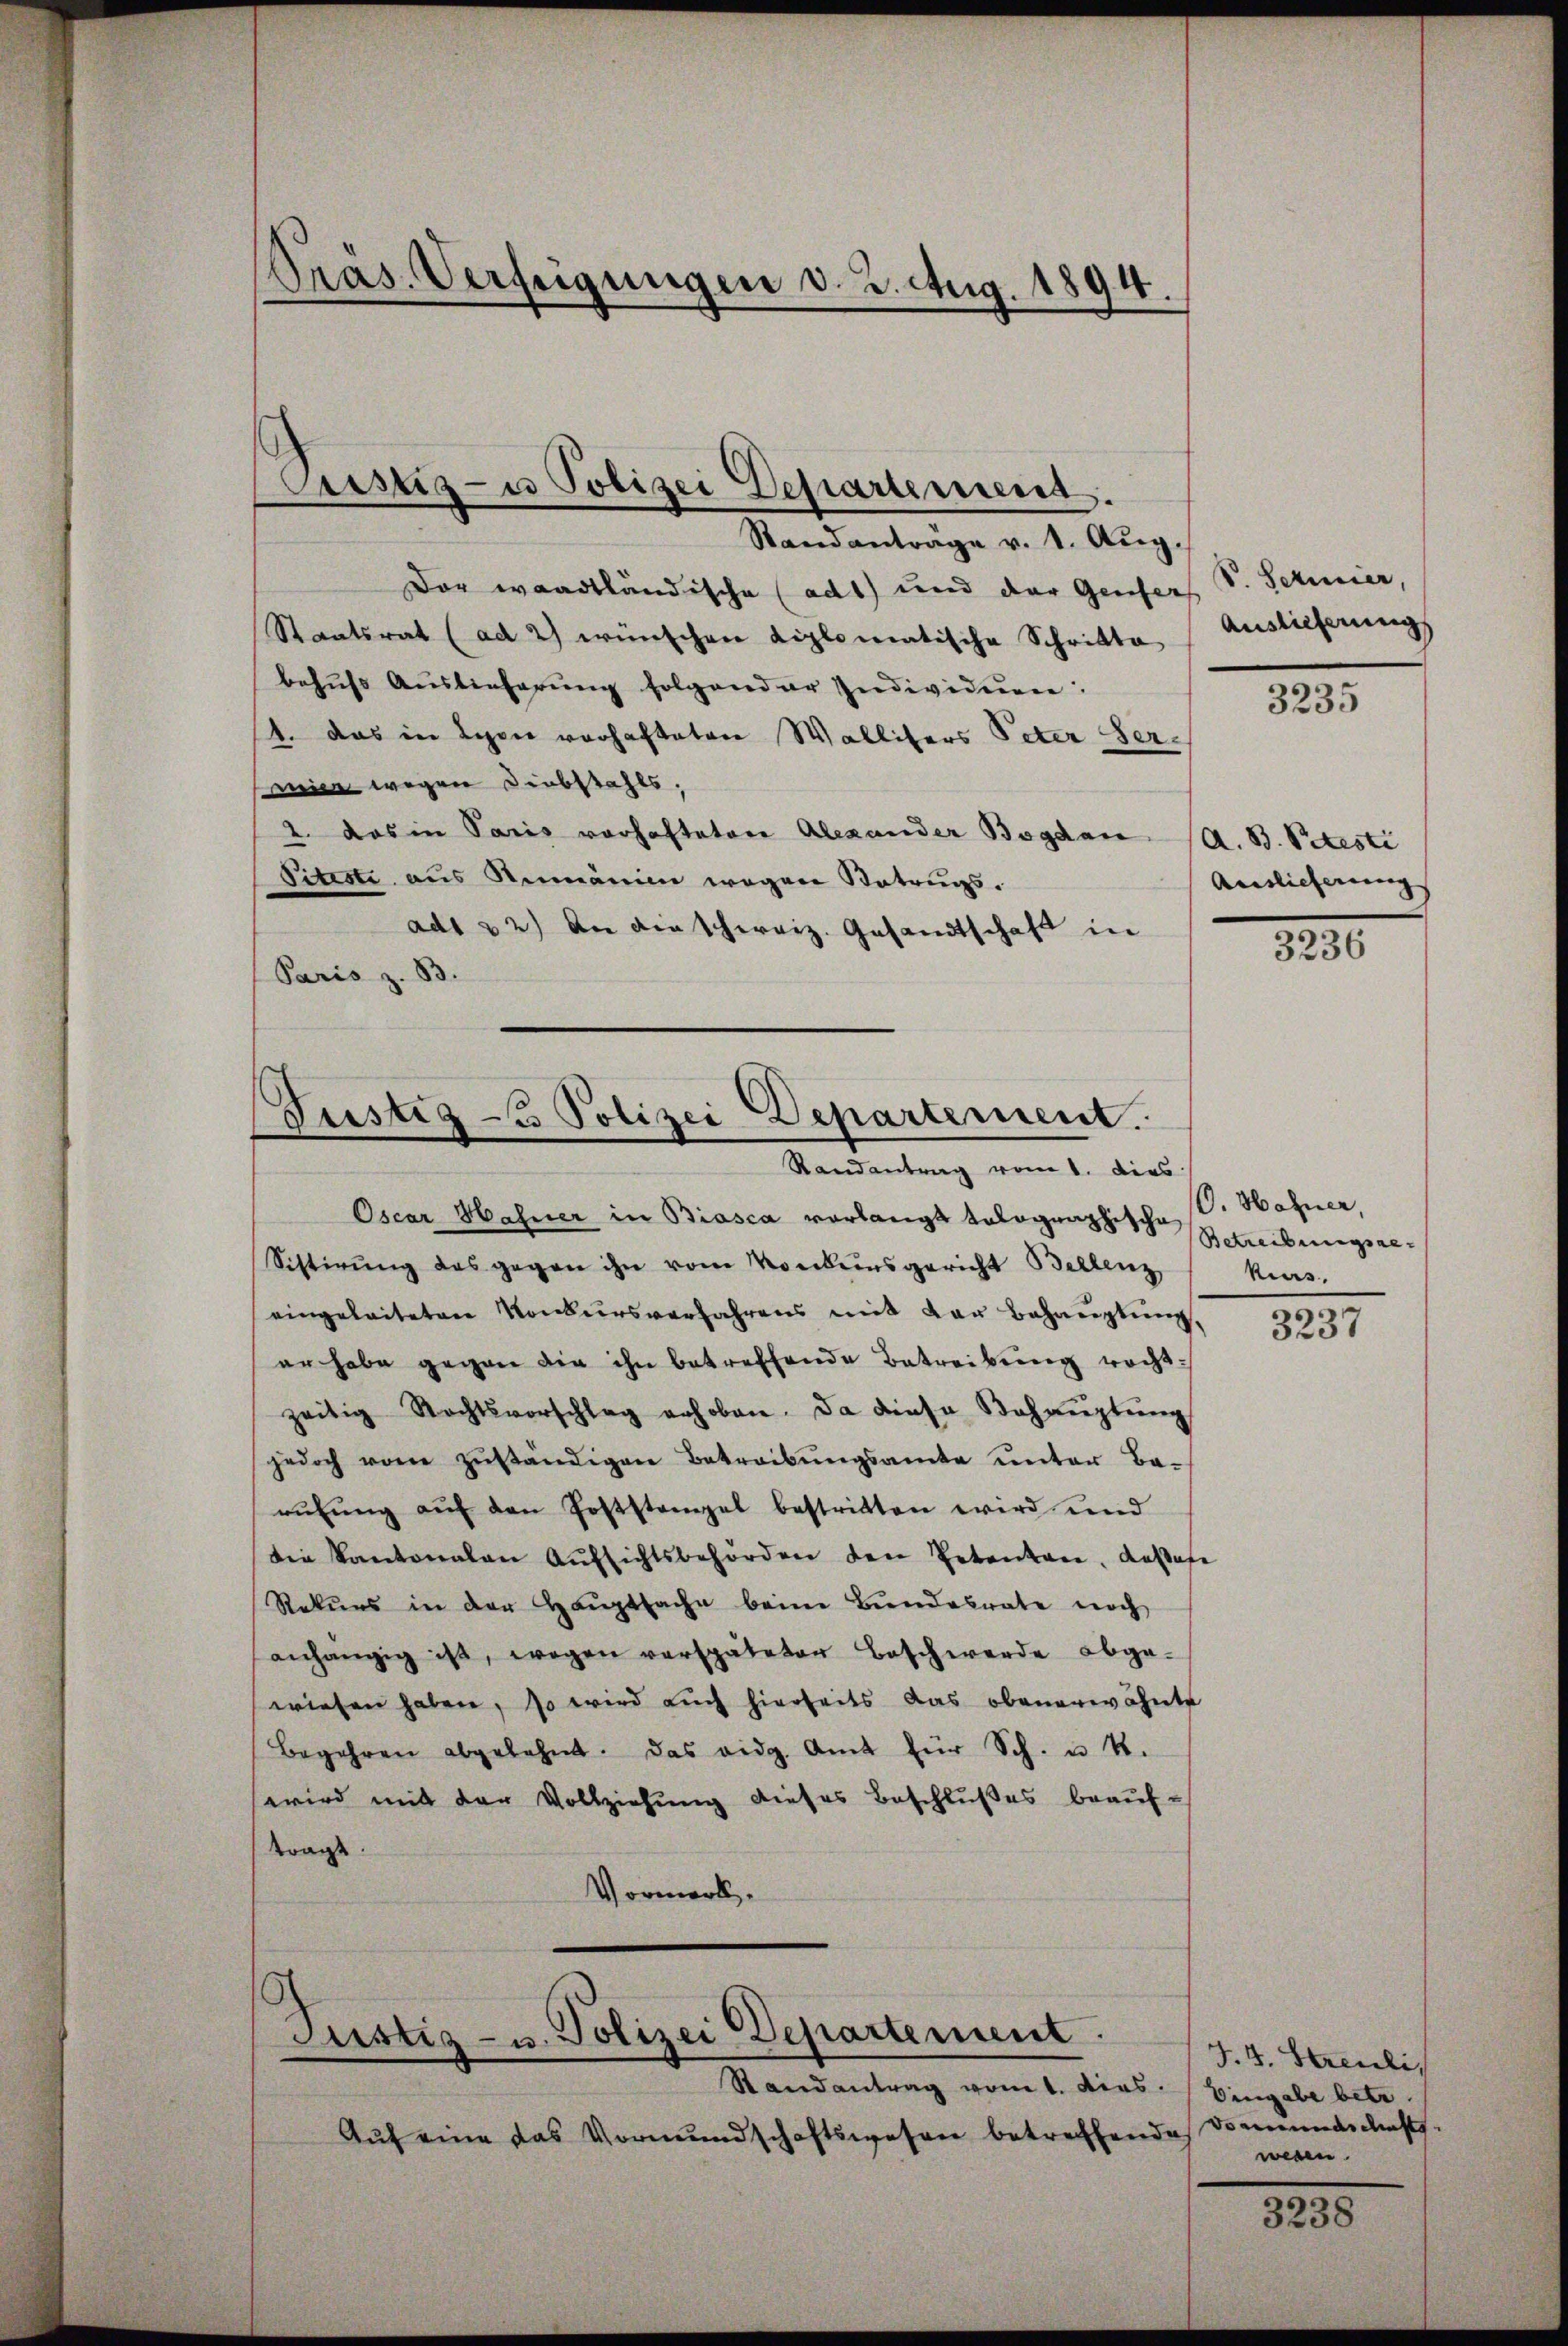
Pras. Verfügungen d. 2. Aug. 1894.

Justiz- u Polizei Departement.

Stand anträge v. 1. Aŭg.
Der waadtländische (ad1) und der Genfers S. Schier,
Staatsrat (ad 2) wünschen diplomatische Schritte Auslieferungs
behufs Auslieferung folgender Individuen
4. Das in Lyon vorhafteten Wallifers Peter Sereine wegen Diebstahls.
2. Das in Paris vorhafteten Alexander Bogdan (A. B. Petesti
Siteste aus Rumänien wegen Betrugs¬
Auslieferung
ad1 32) An die schweiz. Gesandtschaft in
3236
Paris z. B.

Justiz - Polizei Departement.

Randantrag vom 1. dies. Eingabe betr.
Auf eine das Vormundschaftswesen betreffende Dramendenst

Randantrag vom 1. dies
Oscar Hahner in Biasca vorlangt kolographische
Sistirŭng des gegen ihn vom Vorbensgericht Bellenz
eingeleiteten Konkursverfahrens mit der Behauptung,
er habe gegen die ihn betreffende Betreibung rechtzeitig Rechtsvorschlag erhoben. Da diese Behaŭptŭng
jedoch von zŭständigen Betreibŭngsamte ŭnter Ba-
rŭtŭng aŭf den Poststanzal bestritten wird und
Die Kantonalen Aŭfsichtsbehörden den Petentare, Kassese
Rekŭrs in der Hauptsache beim Bundesrate noch
anhängig ist, wegen verspäteter Beschwerde abge-
wiesen haben, so wird auch hierheits das obenerwähnte
Begehren abgelehnt. Das eidg. Amt für Sch. u. 4.
wird mit der Vollziehung dieses Beschlußes beauftragt.
Vormerk

Justiz- u. Polizei Departement.

3235

O. Hahner,
Betreibungsge-
Kius.
3.
5237

J. 4. Streuli
wesen.

3238